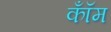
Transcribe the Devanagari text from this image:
कॉँम